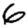
Digit: 6